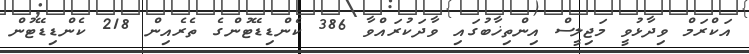
އަކްރަމް ވިދާޅުވީ މަޖިލީސް އިންތިޚާބުގައި ވާދަކުރައްވާ 386 ކެންޑިޑޭޓުންގެ ތެރެއިން 218 ކެންޑިޑޭޓުން